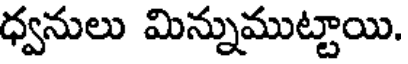
ధ్వనులు మిన్నుముట్టాయి.